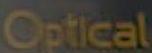
Optical